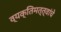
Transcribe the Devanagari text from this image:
व्यक्तिमत्त्वांचे